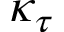
\kappa _ { \tau }